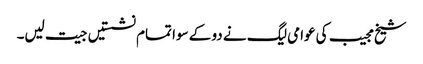
شیخ مجیب کی عوامی لیگ نے دو کے سوا تمام نشستیں جیت لیں۔